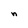
Character: n